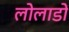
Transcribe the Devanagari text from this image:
लोलाडों